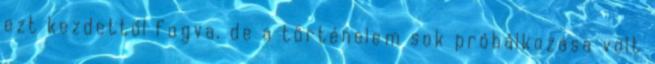
ezt kezdettől fogva, de a történelem sok próbálkozása volt